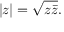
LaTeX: \left| z \right| = { \sqrt { z { \bar { z } } } } .